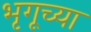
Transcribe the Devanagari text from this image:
भृगूच्या